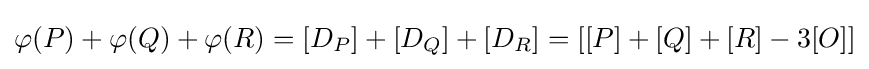
\varphi (P)+\varphi (Q)+\varphi (R)=[D_{P}]+[D_{Q}]+[D_{R}]=[[P]+[Q]+[R]-3[O]]